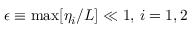
\epsilon \equiv \operatorname* { m a x } [ \eta _ { i } / L ] \ll 1 , \, i = 1 , 2